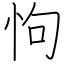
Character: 怐